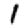
Digit: 1